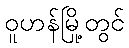
ဝူဟန်မြို့တွင်